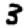
Digit: 3